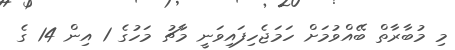
މި މުބާރާތް ބޭއްވުމަށް ހަމަޖެހިފައިވަނީ މާޗު މަހުގެ 1 އިން 14 ގެ